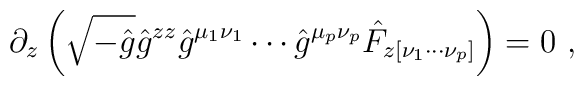
\partial_z \left( \sqrt{-\hat{g}} \hat{g}^{zz} \hat{g}^{\mu_1 \nu_1} \cdots \hat{g}^{\mu_p \nu_p } \hat{F}_{z [ \nu_1 \cdots \nu_p ] } \right) = 0 ~ ,